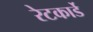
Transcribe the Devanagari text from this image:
रेटकार्डे